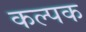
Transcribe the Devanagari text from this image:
कल्‍पक